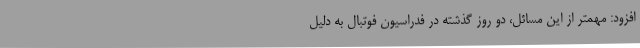
افزود: مهمتر از این مسائل، دو روز گذشته در فدراسیون فوتبال به دلیل